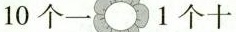
10个一 1个十